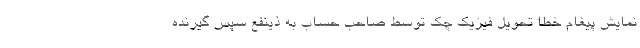
نمایش پیغام خطا تحویل فیزیک چک توسط صاحب حساب به ذینفع سپس گیرنده